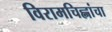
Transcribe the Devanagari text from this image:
विरामचिह्नांचा